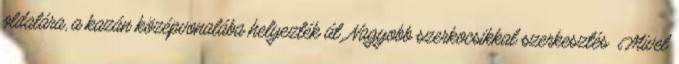
oldalára, a kazán középvonalába helyezték át. Nagyobb szerkocsikkal szerkesztés Mivel